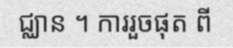
ជ្ឈាន ។ ការរួចផុត ពី